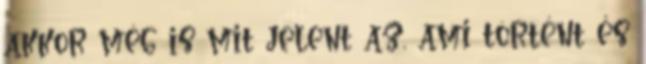
akkor még is mit jelent az, ami történt és